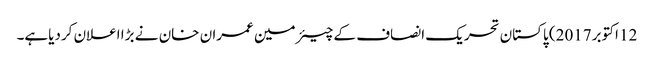
12 اکتوبر2017) پاکستان تحریک انصاف کے چیئرمین عمران خان نے بڑا اعلان کردیاہے۔